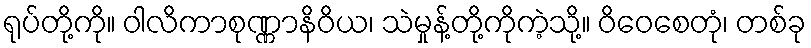
ရုပ်တို့ကို။ ဝါလိကာစုဏ္ဏာနိဝိယ၊ သဲမှုန့်တို့ကိုကဲ့သို့။ ဝိဝေစေတုံ၊ တစ်ခု